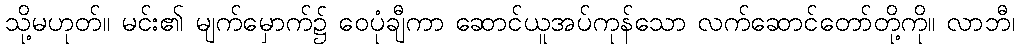
သို့မဟုတ်။ မင်း၏ မျက်မှောက်၌ ဝေပုံချီကာ ဆောင်ယူအပ်ကုန်သော လက်ဆောင်တော်တို့ကို။ လာဘီ၊